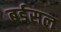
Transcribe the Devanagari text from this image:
बर्डसल